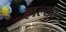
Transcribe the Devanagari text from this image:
हाल्खा